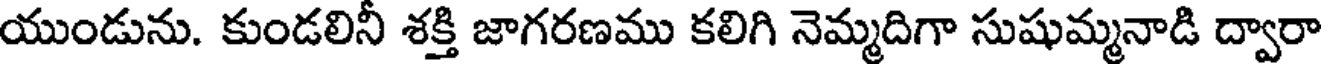
యుండును. కుండలినీ శక్తి జాగరణము కలిగి నెమ్మదిగా సుషుమ్మనాడి ద్వారా